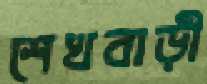
শেখবাড়ী